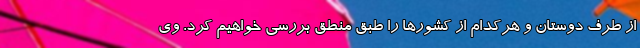
از طرف دوستان و هرکدام از کشورها را طبق منطق بررسی خواهیم کرد. وی